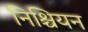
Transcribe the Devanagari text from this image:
निश्चियन